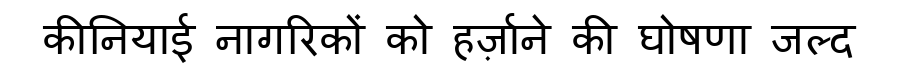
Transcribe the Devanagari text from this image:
कीनियाई नागरिकों को हर्ज़ाने की घोषणा जल्द